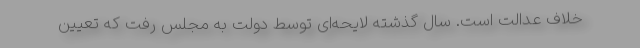
خلاف عدالت است. سال گذشته لایحه‌ای توسط دولت به مجلس رفت که تعیین